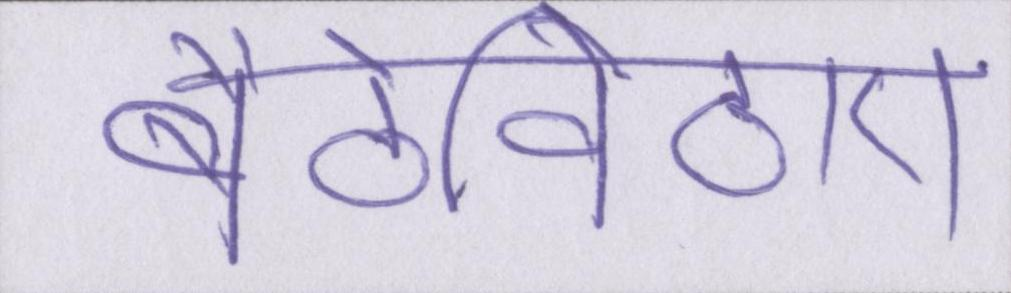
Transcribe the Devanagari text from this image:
बैठेबिठाए